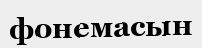
фонемасын